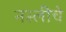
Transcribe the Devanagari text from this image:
नस्लीचे